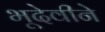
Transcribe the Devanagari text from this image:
भूदेवीने